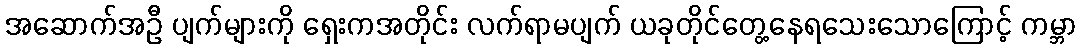
အဆောက်အဦ ပျက်များကို ရှေးကအတိုင်း လက်ရာမပျက် ယခုတိုင်တွေ့နေရသေးသောကြောင့် ကမ္ဘာ